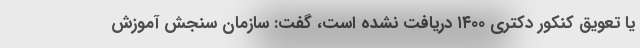
یا تعویق کنکور دکتری ۱۴۰۰ دریافت نشده است، گفت: سازمان سنجش آموزش